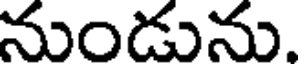
నుండును.